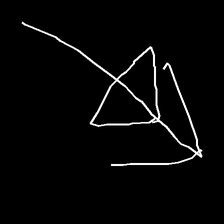
Glyph: pull